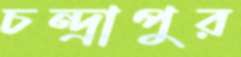
চন্দ্রাপুর